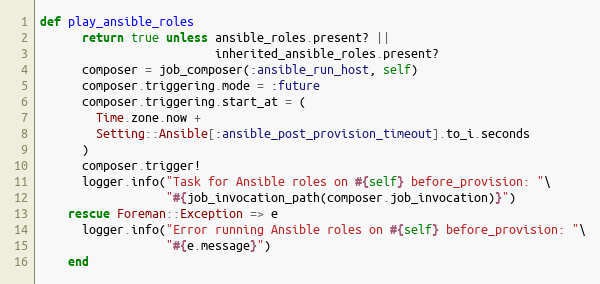
Language: Ruby
def play_ansible_roles
      return true unless ansible_roles.present? ||
                         inherited_ansible_roles.present?
      composer = job_composer(:ansible_run_host, self)
      composer.triggering.mode = :future
      composer.triggering.start_at = (
        Time.zone.now +
        Setting::Ansible[:ansible_post_provision_timeout].to_i.seconds
      )
      composer.trigger!
      logger.info("Task for Ansible roles on #{self} before_provision: "\
                  "#{job_invocation_path(composer.job_invocation)}")
    rescue Foreman::Exception => e
      logger.info("Error running Ansible roles on #{self} before_provision: "\
                  "#{e.message}")
    end